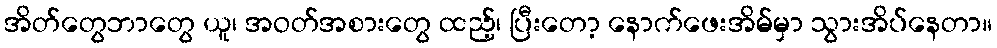
အိတ်တွေဘာတွေ ယူ၊ အဝတ်အစားတွေ ထည့်၊ ပြီးတော့ နောက်ဖေးအိမ်မှာ သွားအိပ်နေတာ။